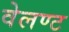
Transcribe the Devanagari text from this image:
वेलण्ट